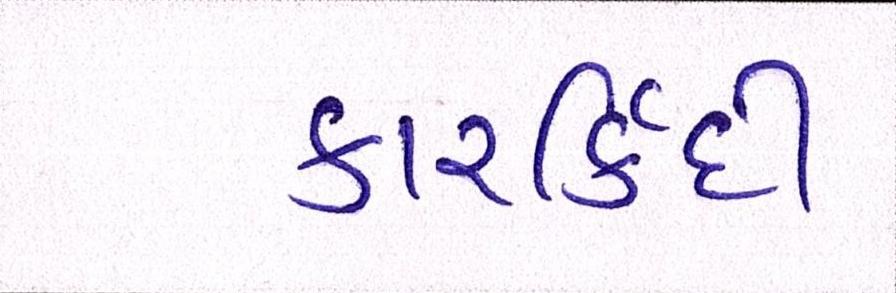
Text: કારર્કિદી